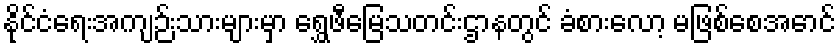
နိုင်ငံရေးအကျဉ်းသားများမှာ ရွှေဖီမြေသတင်းဌာနတွင် ခံစားလော့ မဖြစ်စေအောင်